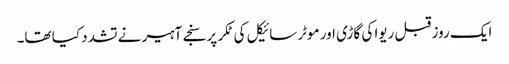
ایک روز قبل ریوا کی گاڑی اور موٹرسائیکل کی ٹکر پر سنجے آہیر نے تشدد کیا تھا۔